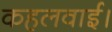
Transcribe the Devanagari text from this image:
कहलवाई।